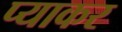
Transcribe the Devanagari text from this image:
प्याकर